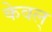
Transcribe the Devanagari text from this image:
केवल्